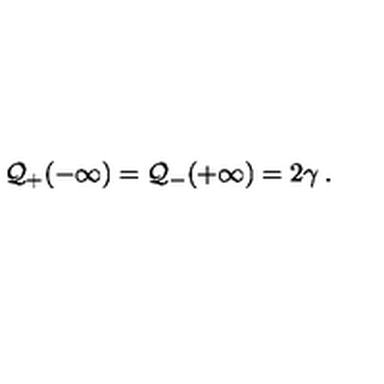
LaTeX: { \cal Q } _ { + } ( - \infty ) = { \cal Q } _ { - } ( + \infty ) = 2 \gamma \: .